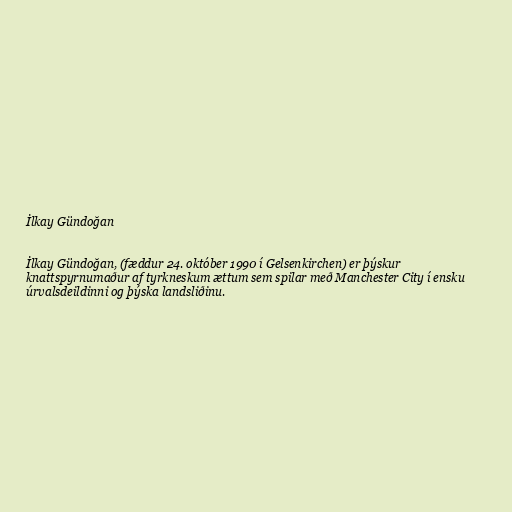
İlkay Gündoğan

İlkay Gündoğan, (fæddur 24. október 1990 í Gelsenkirchen) er þýskur
knattspyrnumaður af tyrkneskum ættum sem spilar með Manchester City í ensku
úrvalsdeildinni og þýska landsliðinu.